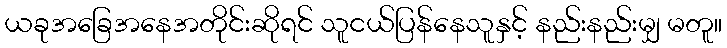
ယခုအခြေအနေအတိုင်းဆိုရင် သူငယ်ပြန်နေသူနှင့် နည်းနည်းမျှ မတူ။